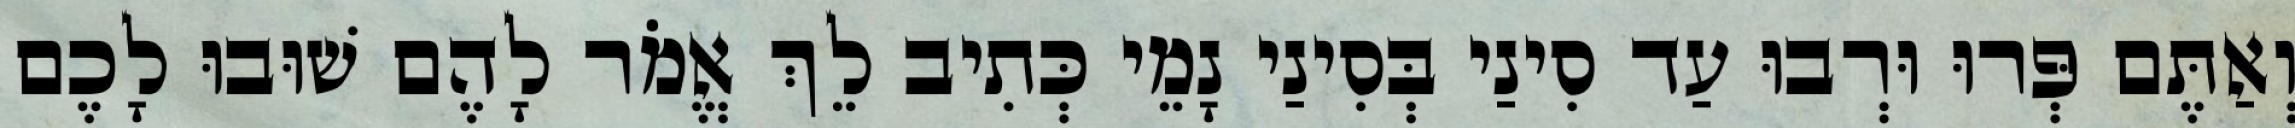
וְאַתֶּם פְּרוּ וּרְבוּ עַד סִינַי בְּסִינַי נָמֵי כְּתִיב לֵךְ אֱמֹר לָהֶם שׁוּבוּ לָכֶם